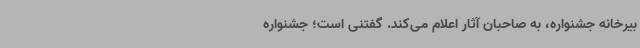
بیرخانه جشنواره، به صاحبان آثار اعلام می‌کند. گفتنی است؛ جشنواره